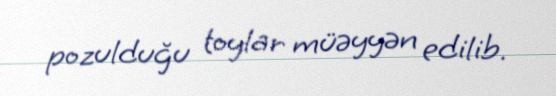
pozulduğu toylar müəyyən edilib.